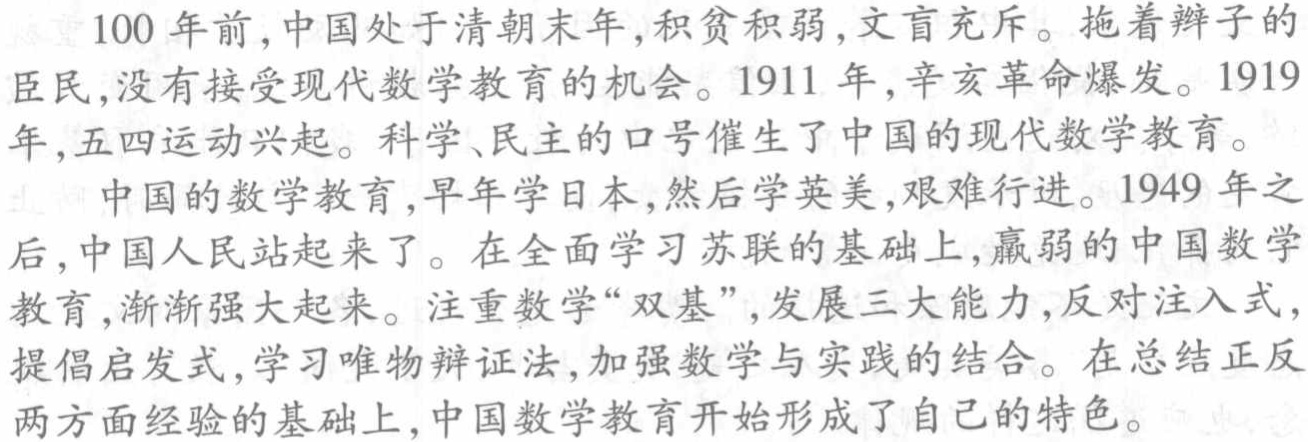
100 年前，中国处于清朝末年，积贫积弱，文盲充斥。拖着辫子的臣民，没有接受现代数学教育的机会。1911 年，辛亥革命爆发。1919 年，五四运动兴起。科学、民主的口号催生了中国的现代数学教育。

中国的数学教育，早年学日本，然后学英美，艰难行进。1949 年之后，中国人民站起来了。在全面学习苏联的基础上，羸弱的中国数学教育，渐渐强大起来。注重数学“双基”，发展三大能力，反对注入式，提倡启发式，学习唯物辩证法，加强数学与实践的结合。在总结正反两方面经验的基础上，中国数学教育开始形成了自己的特色。